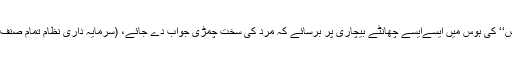
پھر ’’پرفارمینس‘‘ کی ہوس میں ایسےایسے چھانٹے بیچاری پر برسائے کہ مرد کی سخت چمڑی جواب دے جائے، (سرمایہ داری نظام تمام صنفِ انسان کا قاتل)۔